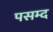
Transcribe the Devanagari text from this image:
पसम्द